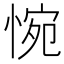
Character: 惋